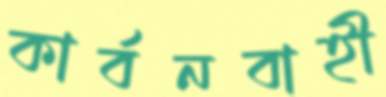
কার্বনবাহী